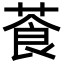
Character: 䓹